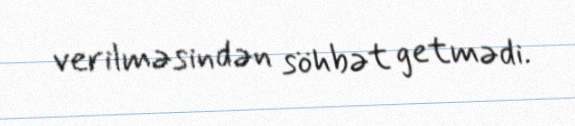
verilməsindən söhbət getmədi.